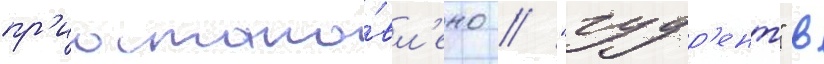
пр'иостано́вл'ено // "гудр'ент" в